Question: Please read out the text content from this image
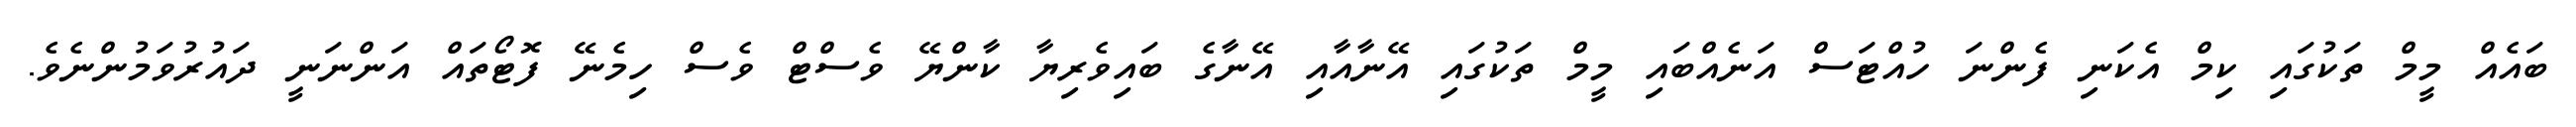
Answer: ބައެއް މީމް ތަކުގައި ކިމް އެކަނި ފެންނަ ހުއްޓަސް އަނެއްބައި މީމް ތަކުގައި އޭނާއާއި އޭނާގެ ބައިވެރިޔާ ކާންޔޭ ވެސްޓް ވެސް ހިމެނޭ ފޮޓޯތައް އަންނަނީ ދައުރުވަމުންނެވެ.